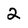
Character: 2